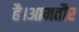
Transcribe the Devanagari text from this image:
है।आमतौर